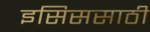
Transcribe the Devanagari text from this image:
इसिससाठी